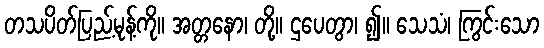
တသပိတ်ပြည့်မုန့်ကို။ အတ္တနော၊ တို့။ ဌပေတွာ၊ ၍။ သေသံ၊ ကြွင်းသော